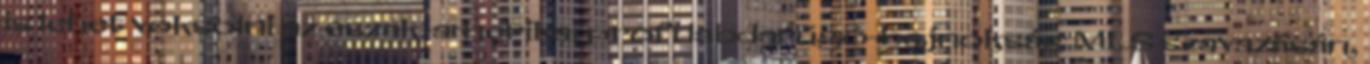
is lehet voksolni az észak-amerikai profi labdarúgó-bajnokság MLS szavazásán,